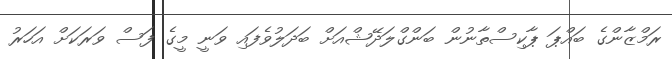
ރަމްޒާންގެ ބައްޕަ ޕާކިސްތާނުން ބަންގްލަދޭޝްއަށް ބަދަލުވެފައި ވަނީ މީގެ ފަސް ވަރަކަށް އަހަރު